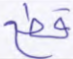
قطع